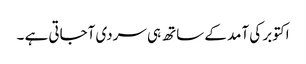
اکتوبر کی آمد کے ساتھ ہی سردی آجاتی ہے ۔